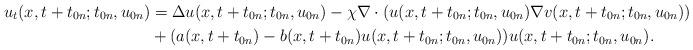
LaTeX: \begin{align*}u_t(x,t+t_{0n};t_{0n},u_{0n})&=\Delta u(x,t+t_{0n};t_{0n},u_{0n}) -\chi\nabla\cdot (u(x,t+t_{0n};t_{0n},u_{0n}) \nabla v(x,t+t_{0n};t_{0n},u_{0n}))\\& + (a(x,t+t_{0n})-b(x,t+t_{0n})u(x,t+t_{0n};t_{0n},u_{0n}))u(x,t+t_{0n};t_{0n},u_{0n}).\end{align*}